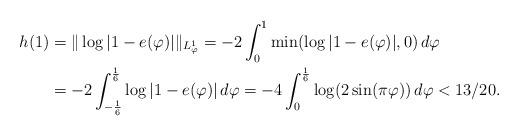
LaTeX: \begin{align*}h(1) &= \| \log|1-e(\varphi)| \|_{L^{1}_\varphi} = -2 \int_{0}^{1} \min( \log|1-e(\varphi)|,0)\, d\varphi\\&= -2 \int_{-\frac16}^{\frac16} \log|1-e(\varphi)| \, d\varphi = -4 \int_{0}^{\frac16} \log(2\sin(\pi \varphi))\, d\varphi < 13/20. \end{align*}